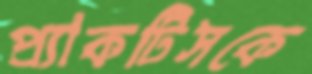
প্র্যাকটিসকে